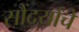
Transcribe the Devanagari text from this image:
सौंदर्यांचे